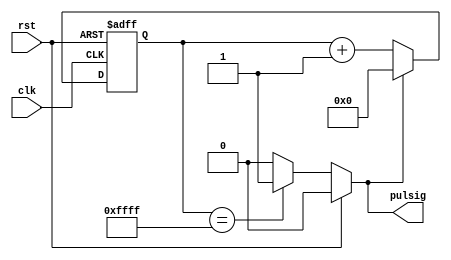
`timescale 1ns / 1ps
//////////////////////////////////////////////////////////////////////////////////
// Company: 
// Engineer: 
// 
// Design Name: 
// Module Name:    Pulse 
// Project Name: 
// Target Devices: 
// Tool versions: 
// Description: 
//
// Dependencies: 
//
// Revision: 
// Revision 0.01 - File Created
// Additional Comments: 
//
//////////////////////////////////////////////////////////////////////////////////
module pulse(
	input clk,
	input rst,
	output reg pulsig
    );

	parameter WIDTH = 16;
	parameter cycle = 16'd65535;
	
	reg [WIDTH-1:0] Q, nextQ;

	// multiplexer to count up or set to zero
	always @ (Q, pulsig)
		if (pulsig)
			nextQ = 1'b0; // reset count
		else
			nextQ = Q + 1'b1; // count up 1

	// register
	always @ (posedge clk or posedge rst) // all happens on clock edge
		if (rst) Q <= 1'b0;
		else Q <= nextQ;

	// combinational logic to check if the count equals the cycle
	always @ (Q or rst)
		if (rst) pulsig = 1'b0;
		else if(Q == cycle) pulsig = 1'b1;
		else pulsig = 1'b0; 

endmodule